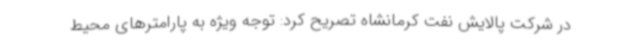
در شرکت پالایش نفت کرمانشاه تصریح کرد: توجه ویژه به پارامترهای محیط